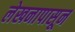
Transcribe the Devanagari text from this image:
लेखनापासून